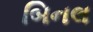
બિનલ